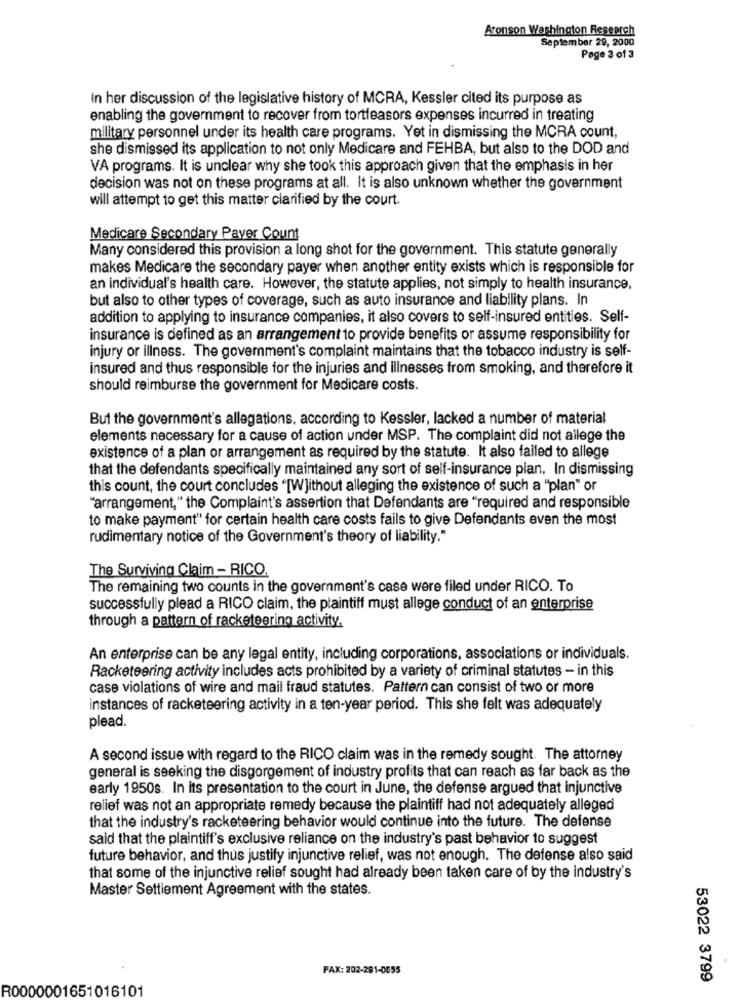
Aronson Washington Research
September 29, 2000
Page 3 of 3
In her discussion of the legislative history of MCRA, Kessler cited its purpose as
enabling the government to recover from tortfeasors expenses incurred in treating
military personnel under its health care programs. Yet in dismissing the MCRA count,
she dismissed its application to not only Medicare and FEHBA, but also to the DOD and
VA programs. It is unclear why she took this approach given that the emphasis in her
decision was not on these programs at all. It is also unknown whether the government
will attempt to get this matter clarified by the court.
Medicare Secondary Payer Count
Many considered this provision a long shot for the government. This statute generally
makes Medicare the secondary payer when another entity exists which is responsible for
an individual's health care. However, the statute applies, not simply to health insurance,
but also to other types of coverage, such as auto insurance and liability plans. In
addition to applying to insurance companies, it also covers to self-insured entities. Self-
insurance is defined as an arrangement to provide benefits or assume responsibility for
injury or illness. The government's complaint maintains that the tobacco industry is self-
insured and thus responsible for the injuries and illnesses from smoking, and therefore it
should reimburse the government for Medicare costs.
But the government's allegations, according to Kessler, lacked a number of material
elements necessary for a cause of action under MSP. The complaint did not allege the
existence of a plan or arrangement as required by the statute. It also failed to allege
that the defendants specifically maintained any sort of self-insurance plan. In dismissing
this count, the court concludes "[Without alleging the existence of such a "plan" or
"arrangement," the Complaint's assertion that Defendants are "required and responsible
to make payment" for certain health care costs fails to give Defendants even the most
rudimentary notice of the Government's theory of liability."
The Surviving Claim - RICO.
The remaining two counts in the government's case were filed under RICO. To
successfully plead a RICO claim, the plaintiff must allege conduct of an enterprise
through a pattern of racketeering activity.
An enterprise can be any legal entity, including corporations, associations or individuals.
Racketeering activity includes acts prohibited by a variety of criminal statutes - in this
case violations of wire and mail fraud statutes. Pattern can consist of two or more
instances of racketeering activity in a ten-year period. This she felt was adequately
plead.
A second issue with regard to the RICO claim was in the remedy sought. The attorney
general is seeking the disgorgement of industry profits that can reach as far back as the
early 1950s. In its presentation to the court in June, the defense argued that injunctive
relief was not an appropriate remedy because the plaintiff had not adequately alleged
that the industry's racketeering behavior would continue into the future. The defense
said that the plaintiff's exclusive reliance on the industry's past behavior to suggest
future behavior, and thus justify injunctive relief, was not enough. The defense also said
that some of the injunctive relief sought had already been taken care of by the industry's
Master Settlement Agreement with the states.
FAX: 202-281-0655
53022 3799
R0000001651016101